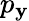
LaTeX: p_{\mathbf{y}}